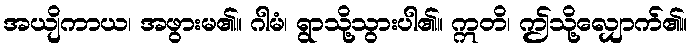
အယျိကာယ၊ အဖွားမ၏။ ဂါမံ၊ ရွာသို့သွားပါ၏။ ဣတိ၊ ဤသို့လျှောက်၏။